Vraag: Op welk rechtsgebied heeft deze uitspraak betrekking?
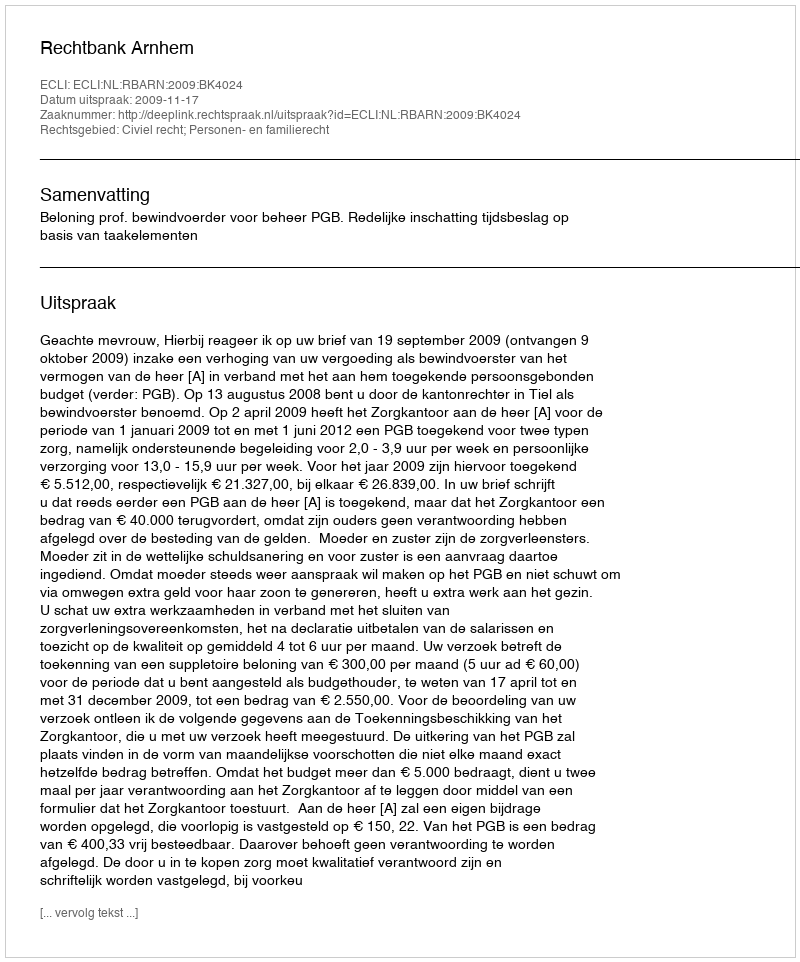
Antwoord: Civiel recht; Personen- en familierecht